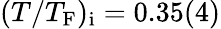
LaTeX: (T/T_{\mathrm{F}})_{\mathrm{i}}=0.35(4)